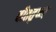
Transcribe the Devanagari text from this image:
वीततृष्ण